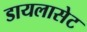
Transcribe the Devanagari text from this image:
डायलासेट